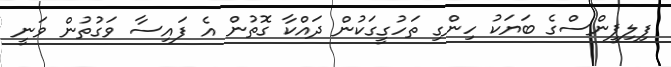
ފިލިޕީންސްގެ ބަޔަކު ހިންގި ތަހުގީގަކުން ދައްކާ ގޮތުން އެ ފައިސާ ވަގުތުން ވަނީ